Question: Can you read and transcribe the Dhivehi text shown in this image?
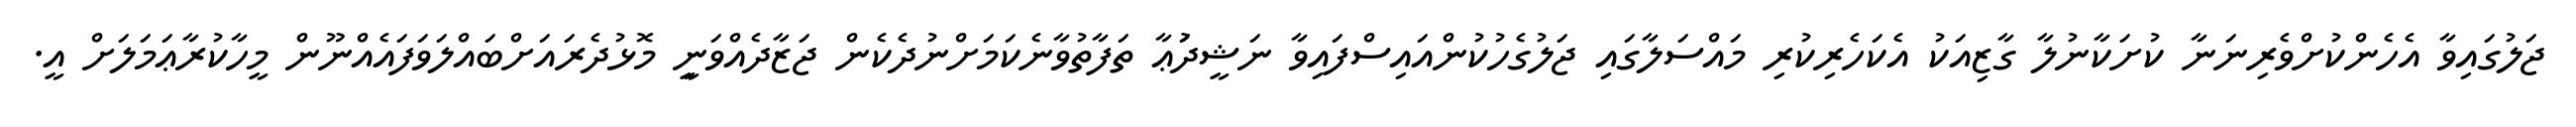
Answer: ޖަލުގައިވާ އެހެންކުށްވެރިނަނާ ކުށަކާނުލާ ގާޒިއަކު އެކަހެރިކުރި މައްސަލާގައި ޖަލުގެހުކުންއައިސްފައިވާ ނަޝީދުަޢާ ތަފާތުވާނެކަމަށްނުދެކެން ޖަޒާދެއްވަނިީ މޮޅުދެރައަށްބައްލަވަފައެއްނޫން މީހާކުރާޢަމަލަށް އީ.